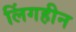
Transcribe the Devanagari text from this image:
लिंगहीन